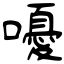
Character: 嚘